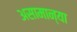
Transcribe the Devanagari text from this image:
असामान्या